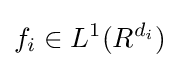
f_{i}\in L^{1}(R^{d_{i}})